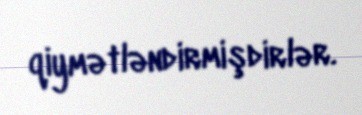
qiymətləndirmişdirlər.